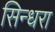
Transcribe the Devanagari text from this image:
सिन्धरा